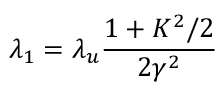
\lambda _ { 1 } = \lambda _ { u } \frac { 1 + K ^ { 2 } / 2 } { 2 \gamma ^ { 2 } }